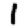
Digit: 1